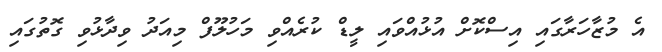
އެ މުޒާހަރާގައި އިސްކޮށް އުޅުއްވައި ލީޑް ކުރެއްވި މަހުލޫފް މިއަދު ވިދާޅުވި ގޮތުގައި